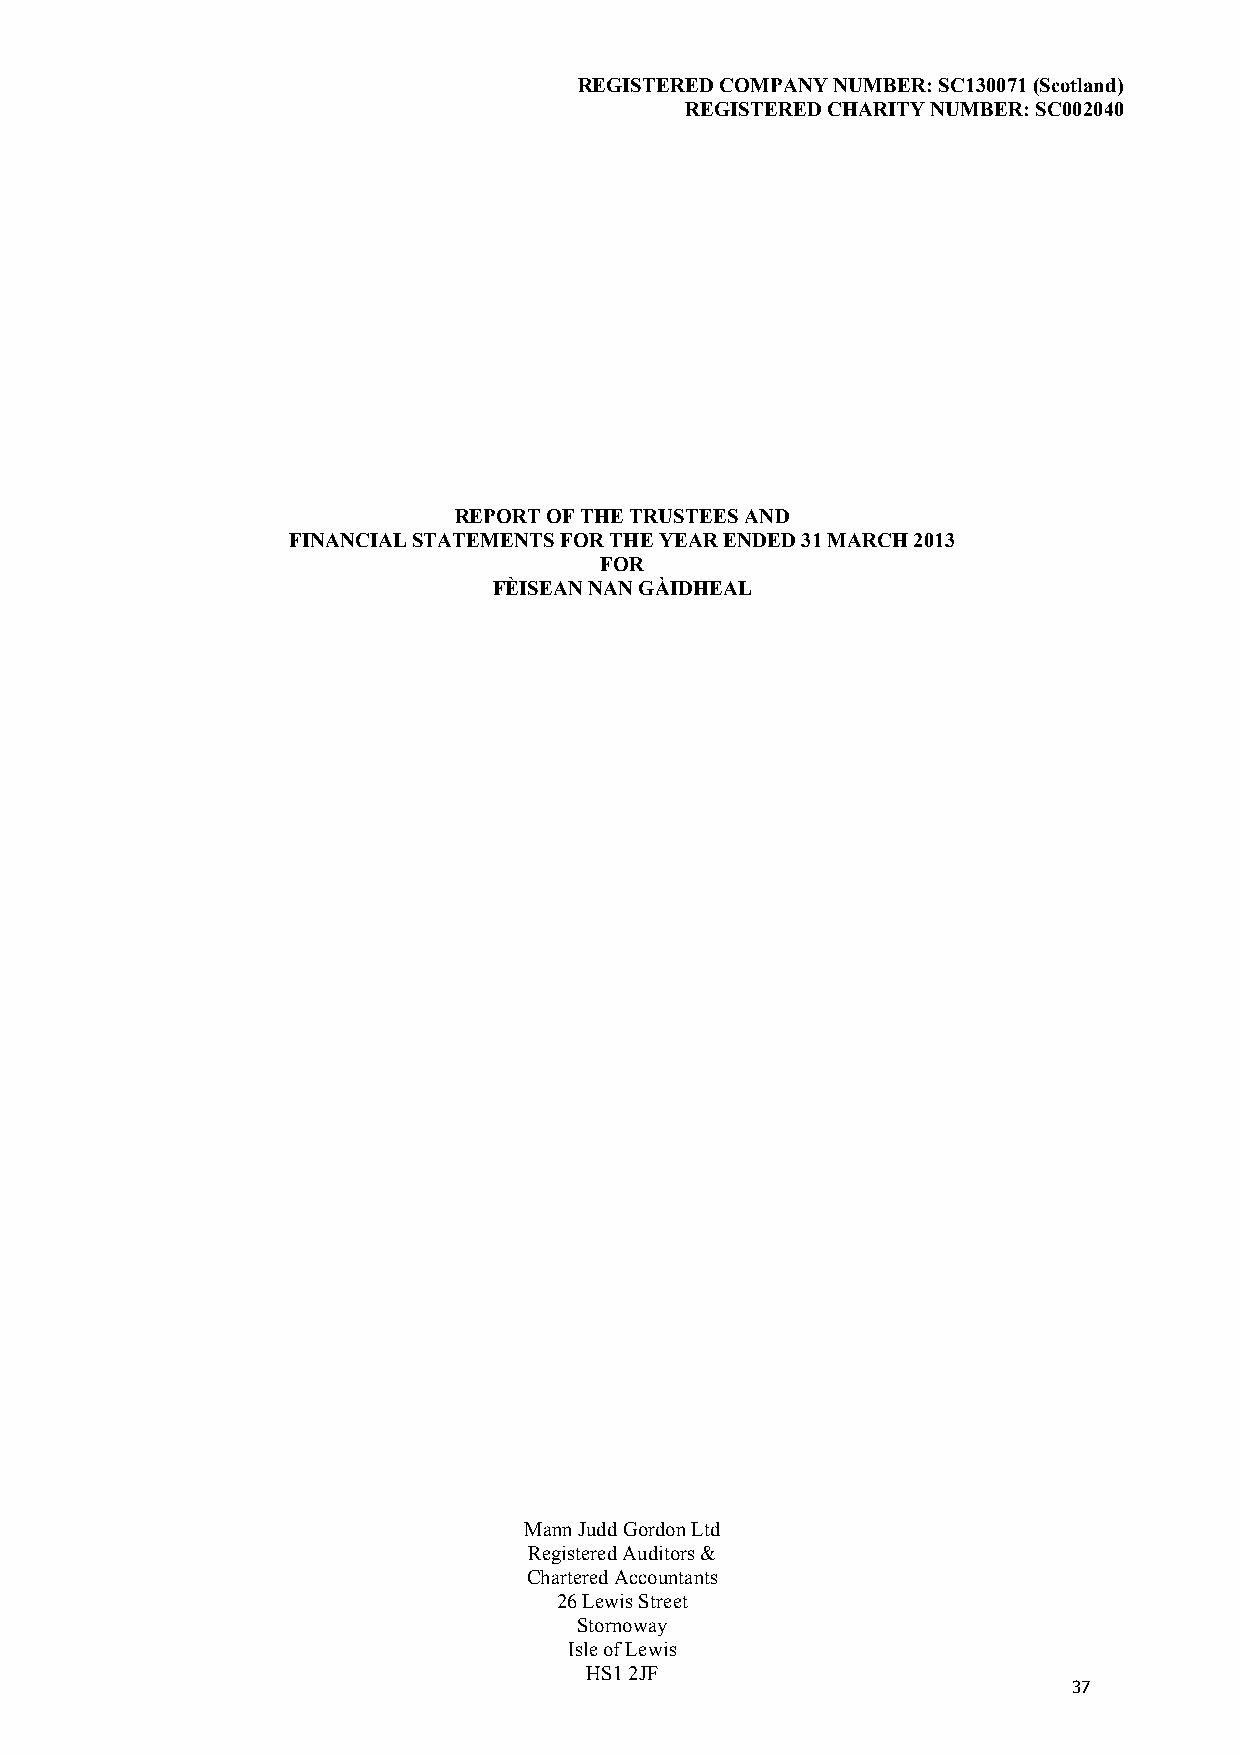
REGISTERED COMPANY NUMBER: SC130071 (Scotland)
 REGISTERED CHARITY NUMBER: SC002040
 REPORT OF THE TRUSTEES AND
 FINANCIAL STATEMENTS FOR THE YEAR ENDED 31 MARCH 2013
 FOR
 FÈISEAN NAN GÀIDHEAL
 Mann Judd Gordon Ltd
 Registered Auditors &
 Chartered Accountants
 26 Lewis Street
 Stornoway
 Isle of Lewis
 HS1 2JF
 37